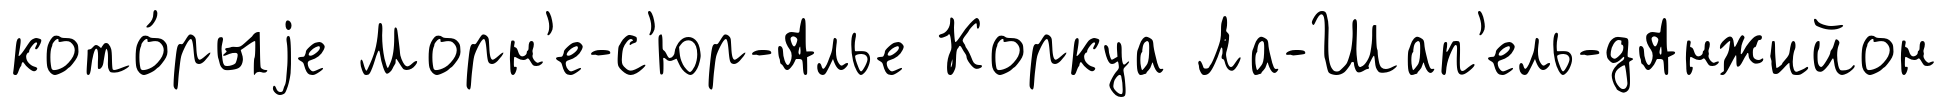
кото́рыjе Морн'е-с'юр-Алье Коркуа Ла-Шап'ель-дАнжийон